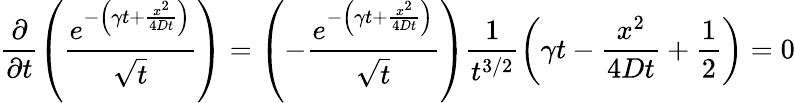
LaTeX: \frac{\partial}{\partial t}\left(\frac{e^{-\left(\gamma t+\frac{x^{2}}{4Dt}\right)}}{\sqrt{t}}\right)=\left(-\frac{e^{-\left(\gamma t+\frac{x^{2}}{4Dt}\right)}}{\sqrt{t}}\right)\frac{1}{t^{3/2}}\left(\gamma t-\frac{x^{2}}{4Dt}+\frac{1}{2}\right)=0